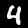
Digit: 4